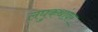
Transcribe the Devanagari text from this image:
लघुकथांवर